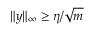
\| y \| _ { \infty } \ge \eta / \sqrt { m }